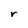
Character: r